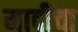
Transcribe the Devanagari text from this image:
मादींचा